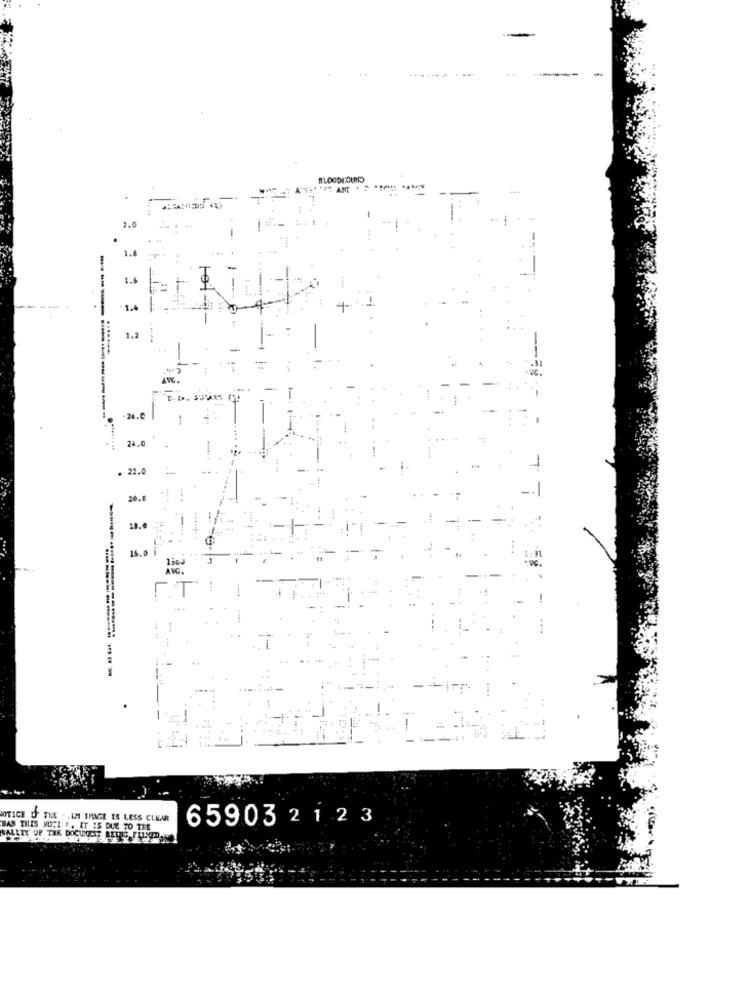
ALOODEOUD
HOPE ANT 1
2.0
.
..
1.6
1.4
1.2
-
-
---------
-24.0
24,0
22.0
-
20.0
18.0
15.0 1
AVG.
-
--
IO THE . . IM IMAGE IS LESS CLEAR
659032 1 2 3
BAS THIS NOTLF. IT 15 D
PSIT IS DUE TO THE
WALLTY OF THE DOCUMENT BETEG IN 9'DAN